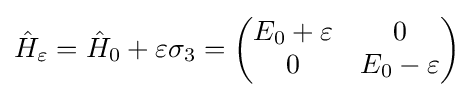
{\hat {H}}_{\varepsilon }={\hat {H}}_{0}+\varepsilon \sigma _{3}={\begin{pmatrix}E_{0}+\varepsilon &0\\0&E_{0}-\varepsilon \end{pmatrix}}